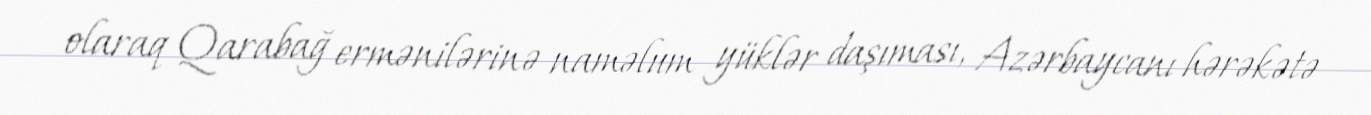
olaraq Qarabağ ermənilərinə naməlum yüklər daşıması, Azərbaycanı hərəkətə